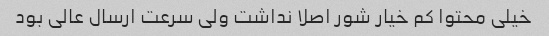
خیلی محتوا کم خیار شور اصلا نداشت ولی سرعت ارسال عالی بود